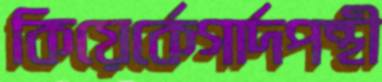
কিয়ের্কেগার্দপন্থী